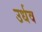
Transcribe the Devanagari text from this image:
उर्धव